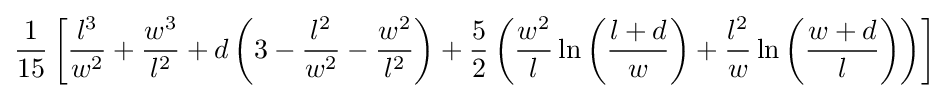
{\frac {1}{15}}\left[{\frac {l^{3}}{w^{2}}}+{\frac {w^{3}}{l^{2}}}+d\left(3-{\frac {l^{2}}{w^{2}}}-{\frac {w^{2}}{l^{2}}}\right)+{\frac {5}{2}}\left({\frac {w^{2}}{l}}\ln \left({\frac {l+d}{w}}\right)+{\frac {l^{2}}{w}}\ln \left({\frac {w+d}{l}}\right)\right)\right]